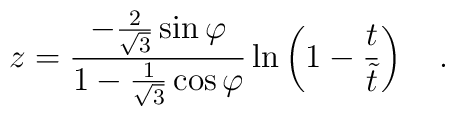
z=\frac{-\frac{2}{\sqrt{3}} \sin{\varphi}}{1-\frac{1}{\sqrt{3}} \cos{\varphi}}\ln \left( 1-\frac{t}{\tilde{t}} \right) ~~~.